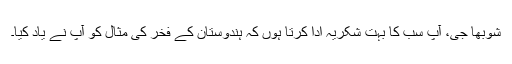
شوبھا جی، آپ سب کا بہت شکریہ ادا کرتا ہوں کہ ہندوستان کے فخر کی مثال کو آپ نے یاد کیا۔